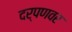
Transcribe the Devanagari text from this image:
दर्पणवर